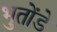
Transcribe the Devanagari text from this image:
भुतोंडे